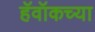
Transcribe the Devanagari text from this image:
हॅवॉकच्या